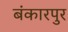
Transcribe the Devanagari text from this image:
बंकारपुर